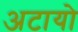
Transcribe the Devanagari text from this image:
अटायो